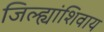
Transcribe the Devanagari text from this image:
जिल्ह्यांशिवाय